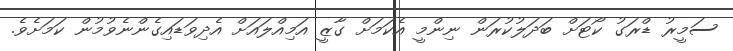
ސަމީރު ޑްރަގު ކޯޓަށް ބަދަލުކުރަން ނިންމީ އެކަމަށް ގާޒީ އަމިއްލައަށް އެދިވަޑައިގެންނެވުމުން ކަމަށެވެ.